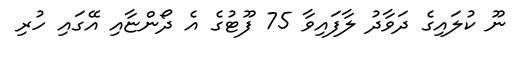
ނޫ ކުލައިގެ ދަވާދު ލާފައިވާ 75 ފޫޓުގެ އެ ދޯންޏާއި އޭގައި ހުރި